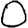
Digit: 0